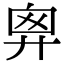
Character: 𢍍